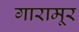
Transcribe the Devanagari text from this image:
गारामूर